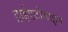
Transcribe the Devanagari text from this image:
ट्राईएटोमाइन